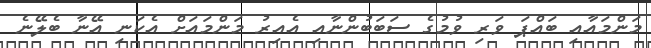
މަންމައާއި ބައްޕަ ވަރި ވުމުގެ ސަބަބުންނާއި އެއިރު މަންމައަށް އެކަނި އޭނާ ބެލޭނެ